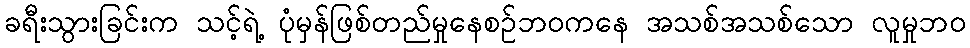
ခရီးသွားခြင်းက သင့်ရဲ့ ပုံမှန်ဖြစ်တည်မှုနေစဉ်ဘဝကနေ အသစ်အသစ်သော လူမှုဘဝ